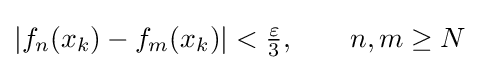
|f_{n}(x_{k})-f_{m}(x_{k})|<{\tfrac {\varepsilon }{3}},\qquad n,m\geq N